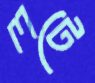
লটে